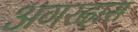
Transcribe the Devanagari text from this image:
अगरदास